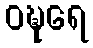
ဝဍ္ဎရေ